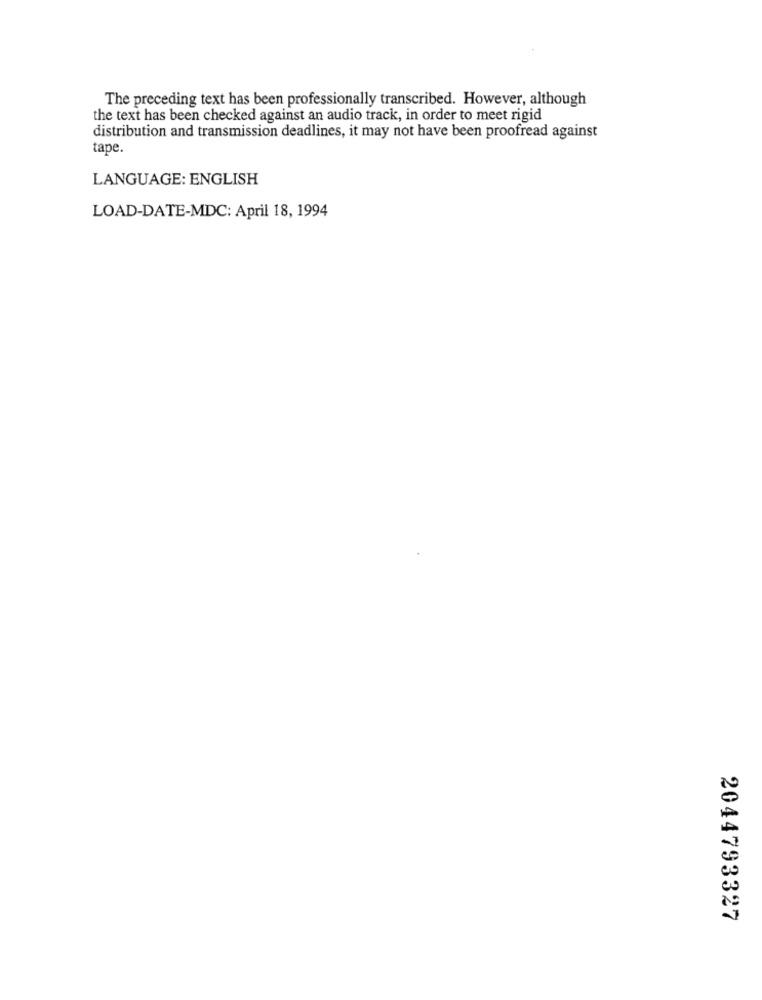
The preceding text has been professionally transcribed. However, although
the text has been checked against an audio track, in order to meet rigid
distribution and transmission deadlines, it may not have been proofread against
tape.
LANGUAGE: ENGLISH
LOAD-DATE-MDC: April 18, 1994
2044793327